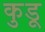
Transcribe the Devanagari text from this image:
कुडू